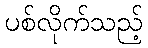
ပစ်လိုက်သည့်